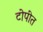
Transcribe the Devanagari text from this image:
टोपीत